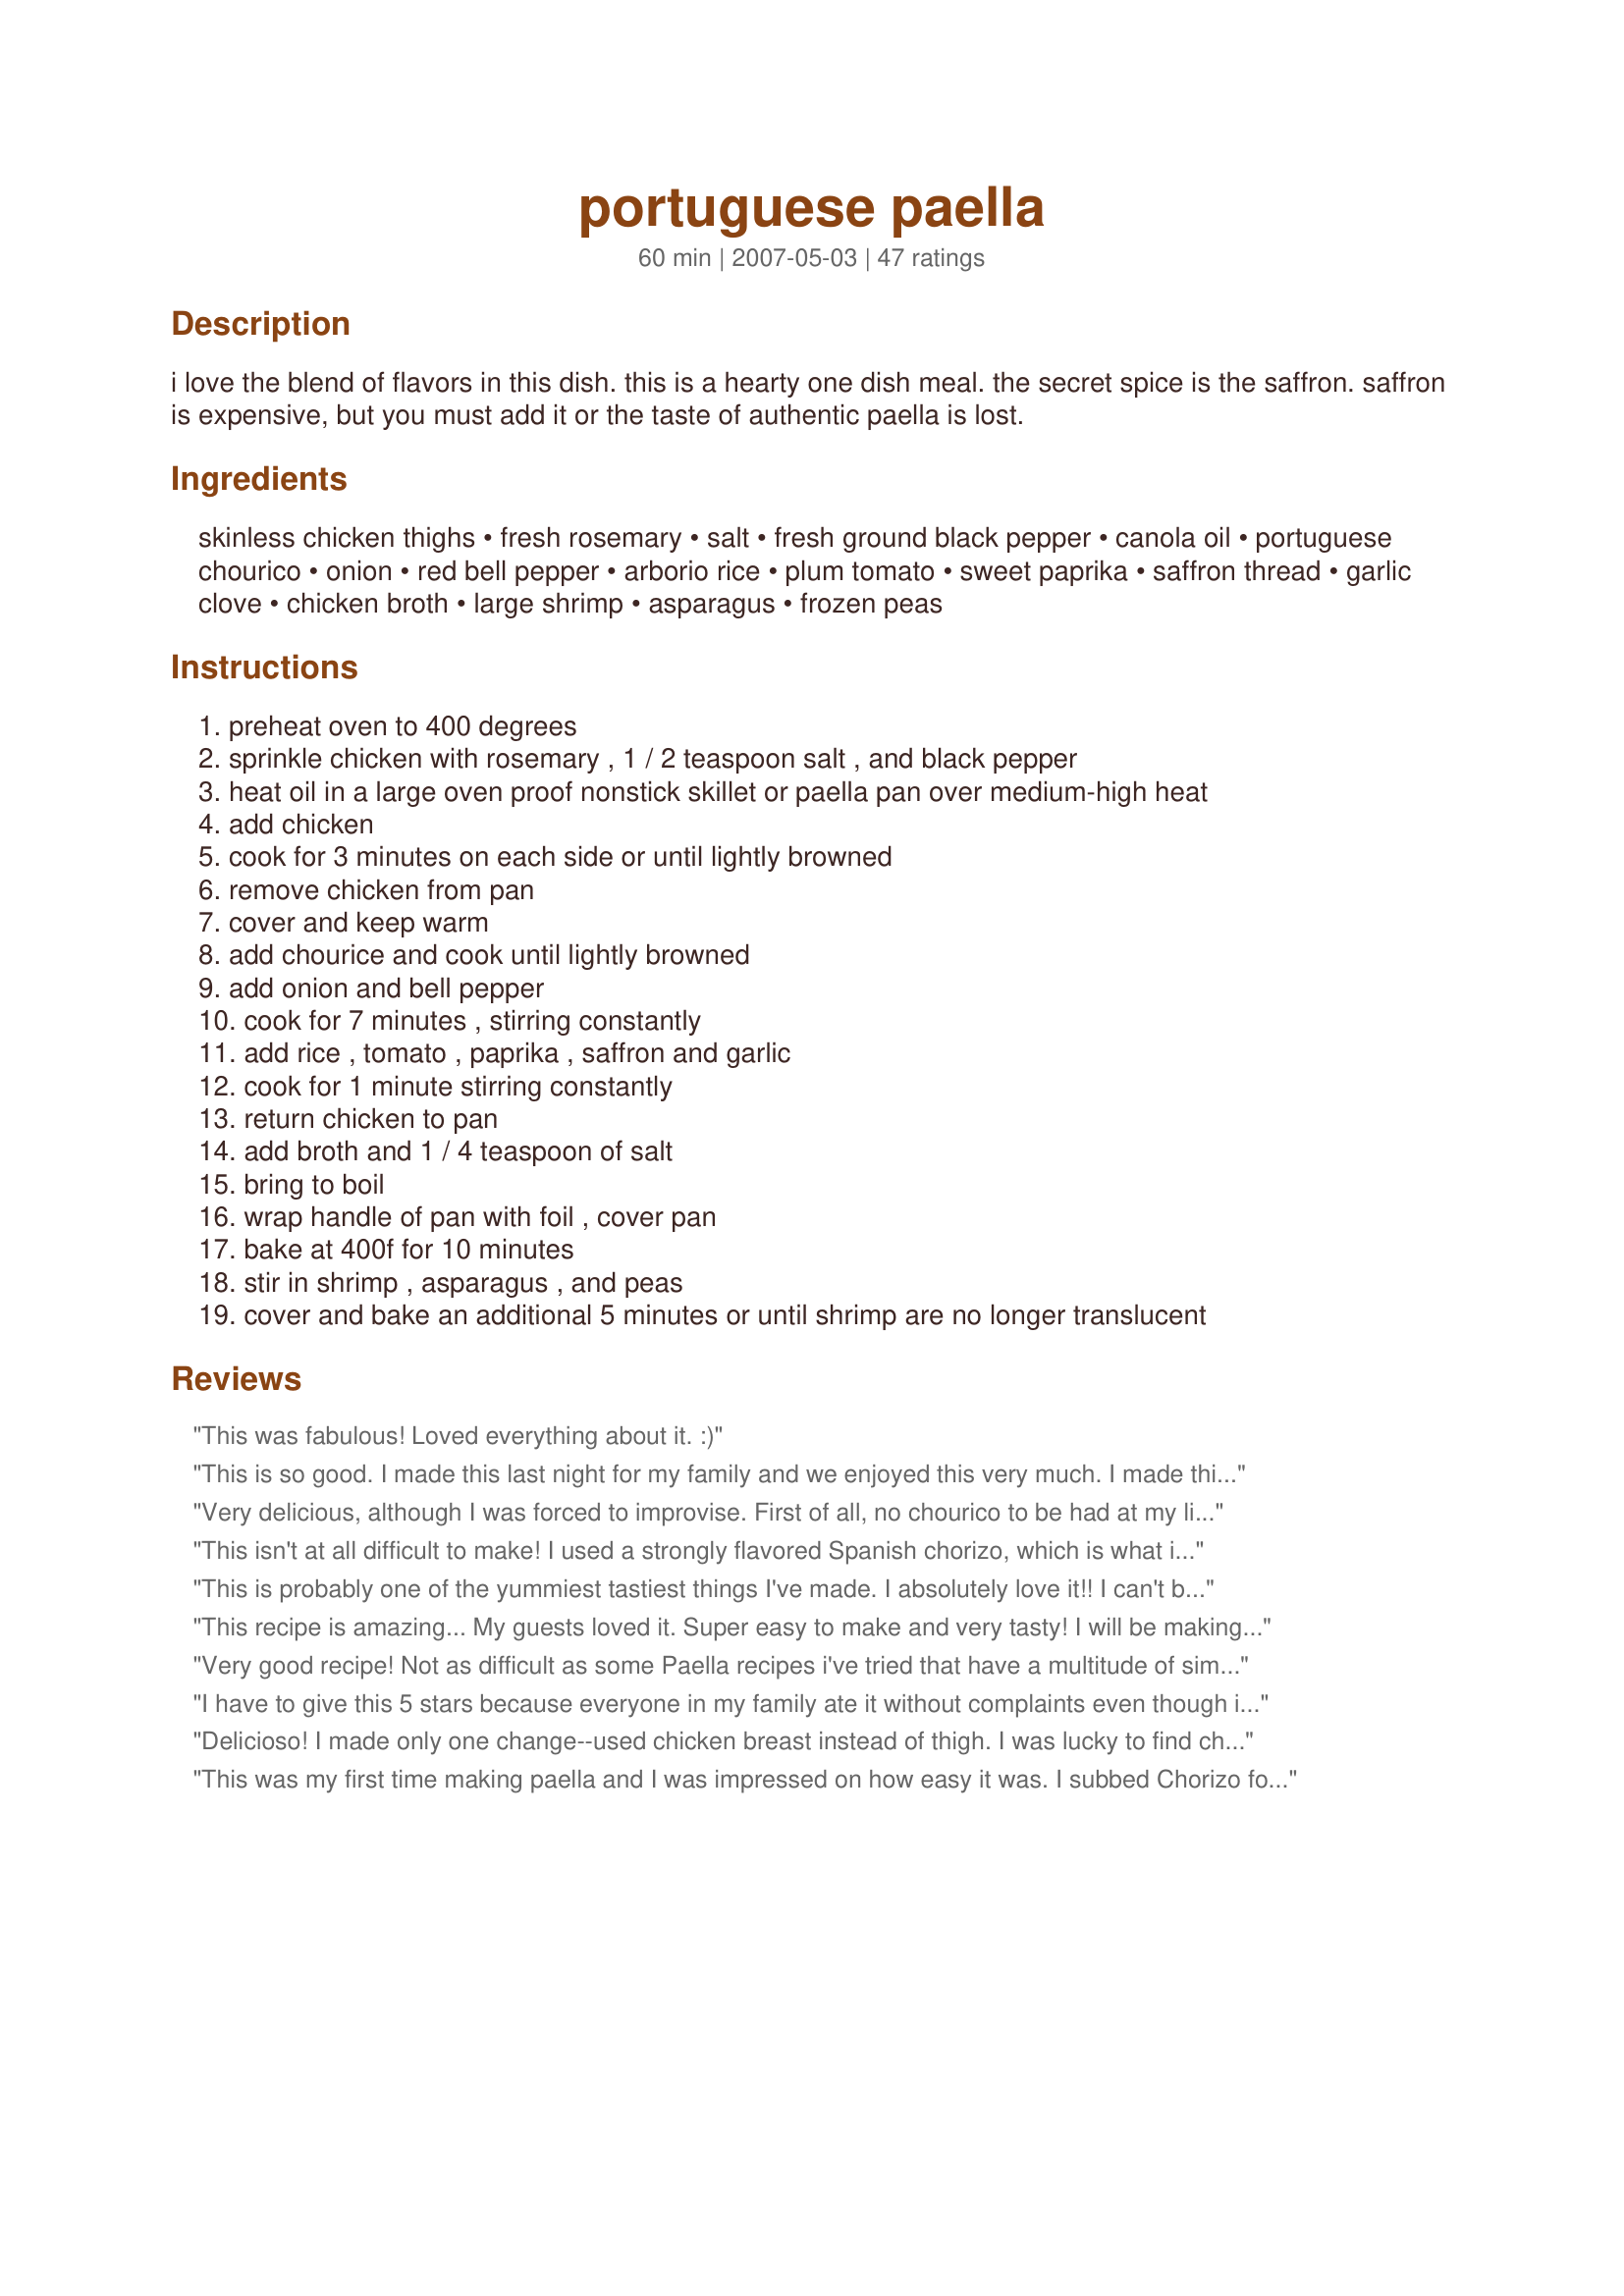
portuguese paella
Preparation time: 60 minutes

i love the blend of flavors in this dish. this is a hearty one dish meal. the secret spice is the saffron. saffron is expensive, but you must add it or the taste of authentic paella is lost.

Ingredients:
skinless chicken thighs, fresh rosemary, salt, fresh ground black pepper, canola oil, portuguese chourico, onion, red bell pepper, arborio rice, plum tomato, sweet paprika, saffron thread, garlic clove, chicken broth, large shrimp, asparagus, frozen peas

Steps:
preheat oven to 400 degrees
sprinkle chicken with rosemary , 1 / 2 teaspoon salt , and black pepper
heat oil in a large oven proof nonstick skillet or paella pan over medium-high heat
add chicken
cook for 3 minutes on each side or until lightly browned
remove chicken from pan
cover and keep warm
add chourice and cook until lightly browned
add onion and bell pepper
cook for 7 minutes , stirring constantly
add rice , tomato , paprika , saffron and garlic
cook for 1 minute stirring constantly
return chicken to pan
add broth and 1 / 4 teaspoon of salt
bring to boil
wrap handle of pan with foil , cover pan
bake at 400f for 10 minutes
stir in shrimp , asparagus , and peas
cover and bake an additional 5 minutes or until shrimp are no longer translucent

Reviews:
This was fabulous! Loved everything about it. :)
This is so good. I made this last night for my family and we enjoyed this very much. I made this in an extra large cast iron skillet. I didn't have the chicken thighs so I used breasts. I also couldn't find saffron :( , but I'm on the lookout for next time. (I'm thinking I will order online) We loved this. Even with the changes this was a great dish. Thank you so much for sharing this recipe with us.
Very delicious, although I was forced to improvise. First of all, no chourico to be had at my little, local Greek supermarket, I subbed a spicy Greek sausage. I also didn't have the fresh tomatoes called for, and used a tablespoon full of tomato paste, which was probably a bit too much, but still delicious. Most of the family really enjoyed this and I'm giving this 5 stars based on my own opinion. My kids are still at that 'iffy' stage where they want all (or most) of their food separate, and this was a little too mixed up for them to truly appreciate...maybe in a few years. DH and I loved it!
This isn't at all difficult to make! I used a strongly flavored Spanish chorizo, which is what is available for this recipe in my neck of the woods. The cooking times were perfect! I had some leftovers, and didn't like it as much as when I first made it, because the rice became softer with the leftovers. First time cooked, however, the rice was perfect, as was the chicken! I made this for ZWT 3. Photo is uploaded.
This is probably one of the yummiest tastiest things I've made. I absolutely love it!! I can't buy Portuguese chourico here, so I used andouille instead. I'm getting hungry just thinking about it. mmmmm
This recipe is amazing... My guests loved it. Super easy to make and very tasty! I will be making this again. Thank You!
Very good recipe! Not as difficult as some Paella recipes i've tried that have a multitude of simmer this and brown this steps.
I used Chicken breasts instead of thighs because it was what i had on hands. They didn't turn out dry as I was worried about. The flavors in this blend beautifully. Thanks for the recipe!
I have to give this 5 stars because everyone in my family ate it without complaints even though it contained elements that might cause each of them to reject it! When put all together, it made for a very nice, very colorful meal. I used brown rice, so I cooked it first, and used less stock. Thanks for sharing!
Delicioso! I made only one change--used chicken breast instead of thigh. I was lucky to find chourico (which is so good--I'm glad I got some extra for the freezer), and followed the instructions which are nice and clear. You made your way into my heart!
This was my first time making paella and I was impressed on how easy it was. I subbed Chorizo for the chourico as it isn't available here but otherwise made as directed. Unfortunately I skipped on the asparagus as it wasnt until I was to add it that I realised I had forgotton it at the market. I dont cook with seafood often at home so it went over extremly well with DH.
great Paella! I liked the rosemary on the chicken. The peas added a little sweetness. This is the first time I had cooked with chourico. Everyone thought it was pretty tasty. I will make this again!
Overall a good recipe, but clearly off in regards to cooking times and methods. I have made it twice, the second time with some substitutions and adjustments just based on my own experience, personal taste and what I had on hand. The changes are fairly lengthy, but if you're interested, you can find a list and pictures on my blog: http://soup2nutz.wordpress.com/2011/07/30/a-portuguese-adventure-paella-at-home/
Also my first time to make or eat a paella but glad I took the chance to try it out. I had to substitute chorizo, but will certainly keep an eye out for chourico for a future meal. Lots of great things go into this, so it's no suprise it's so tasty. And when you can do everything in one pan, it's that much better for me. = ) Skipped the bell peppers,even though they make it look prettier, I don't particularly care for them. Thanks for helping to make dinner unordinary.
My family really enjoyed this recipe. I did make some alterations based on the ingredients I had on hand. I did not have saffron and I used italian sausage and it still came out great. Also used smoked paprika instead of sweet. I will def make this again.
Hate it when people change recipes but I had to make due with what I had. Used chicken breast cut in about 1 inch chunks and slightly cooked (no pink outside) during the initial browning. Followed recipe exactly but substituted about 1/2 bag of fresh baby spinach, chopped, for the asparagus. Will make again for sure. Thank you for a good recipe that was relatively easy to make.
A really great Paella second to none I've had before! The saffron does add just that much more taste and everything came together beautifully. I used the very best local produce and herbs for everything and I'm glad I did, the only substitution I had to make was using Chorizo sausage for the Portuguese chourico because I don't think that is available locally.
I have always wanted to make a Paella, and joining the ZWT 3 gave me the chance to finally give it a try. We loved this dish. Once the prep work was done, it went together quickly. I had to substitute ground chorizo for the Porguese chourico, but the combination of flavors was great as was the wonderful aroma. Thanks for a great new dish.
This recipe was wonderful & quite easy to make. I took Wonderful BC's suggestion of adding sambal oelek, which was fabulous. I used a 400g tin of tomatoes, used beans instead of asparagus & left out the peas. Definitely a keeper. Thanks for sharing this great dish.
Very very good! I used 2 links chorizo in place of the 1 portuguese sausage, a whole red pepper that gave it a wonderful sweetness, 1 cup white rice to 2 cups of chicken stock plenty of liquid, But did have to cook for 20 minutes in the oven. Because the rice was not done and the tighs needed more time. I also used 3 cloves of yummy garlic. Thanks for all the goodness! I almost gave this 4 stars because of cooking time is off but the flavor, little fat, and ease of the recipe brings this to 5 stars easily.
YUM!! Thank you very much for this delicious recipe. I was looking for a paella recipe to honour the memory of a great friend who cooked this for us, adding tonnes of love. I can't tell you how much it means that 'I got it right' first go, and on her birthday too...
I made the recipe exactly as described and it was perfect - we had nine people for dinner and all raved about it. Thank You!
Thanks for sharing this wonderful recipe! I added two packets of Sazon for coloring and taste, as well as a little red crushed pepper to the onions when sauteeing. It turned out great!
Thanks for this recipe. It was very simple and very delicious.
I made a few changes, for example used andouille sausage, deglazed the pot after frying the onions with dry white wine, and used red pepper flakes.
Do not omit the saffron, it is the secret ingredient. You can get it a decent price at Indian grocery stores or Trader Joes.
Above and beyond excellent. So easy to throw whatever you want in there, and it turns out great!
This was very nice. I'd never made paella before (or tasted it, to be truthful) and I'd never cooked with saffron but I splurged on some and this looked like a good recipe to try out. My husband wasn't sold on the saffron taste -- said it was a bit bitter for him -- but that it mellowed down in the leftovers the next day. Personally I loved the saffron taste.

I did make a couple changes. Since we don't eat pork, I used some turkey hot italian sausage links and I cooked the paella completely on the stove top because I had bread baking in the oven.

I don't like bell peppers but since the red would look nice and I know my husband likes them, I put them in. They really added a nice taste and I'm glad I used them (but if you tell anyone I said that about bell peppers, I'll deny it.)

This is definitely a keeper.
As eveyone has mentioned, this is much easier to do than I thought. First time I've tried chourico and really liked the flavor that it added. Directions were easy to follow. I don't have a oven-proof pan large enough for this recipe, so I had to move it from a pan to a casserole dish for the oven baking portion. I don't know if that effects anything. I would like to try this again with the proper pan. Thanks!!
Hello from Portugal! Well you 
definitely deserve 5 stars, I'd give
you more but I cant. I maked this
quite often in my home. I some-
times add in fresh clams it gives 
it a very good flavoor. thanks for
posting,
This is very good paella. I was lucky enough to be able to find the portuguese chourico at my local grocery store. This is the first time I have used this but it is much leaner than the chorizo, a little bit spicier and smokier. I think I'll use this instead of the chorizo from now on. Great flavor blend. It was really enjoyed. Thank you.
I love this recipe but the cooking times seem a little off. I usually add some crab to my paella too. &lt;br/&gt;www.paellapansuk.co.uk
Very good. Next time I will add 1/8 - 1/4 tsp crushed peppers while sauteing the tomatoes, paprika and saffron; to bring some kick to the taste. Or perhaps a mildly hot sausage, to counter the mild flavors of the chicken and shrimp. I skipped the baking part. Once it starts boiling, reduce the heat to simmer and cook for 25 minutes. Stir in the shrimp and peas (I omitted the asparagus) and cook for an additional 10 minutes. Thanks for posting!
I've made this delicious and very easy dish 3 times. It's so pretty, it makes a perfect entree for company. The taste is better than what I've had in restaurants. The first 2 times I used bulk chorizo sausage, rolling it into smallish balls and browning them in olive oil (my store didn't have links). That worked well and tasted good the first time but the second time they wouldn't hold their shape. For the 3rd time making this dish, I ordered Portuguese chourico on-line. It came in links and was already cooked, so I added it in with the browned chicken thighs (which I cut into pieces). The flavor of the chourico blended wonderfully with the other ingredients. This recipe makes a fairly hearty amount for 6 people, but there won't be enough for seconds or leftovers. Thank you for posting my new favorite recipe!
This is the easiest and best paella recipe I've found. I use Mahatma Saffron Yellow Seasonings Long grain Rice packet plus some regular white long grain rice to equal 1 1/2 cups. This way I can omit the expensive saffron threads. I then omit the salt, because Mahatma puts plenty of salt in their packets. I use low sodium chicken broth and a shredded rotisserie chicken. I omit the sausage (just personal preference). Thank you for posting this recipe!!
WOW - this was simply fantastic. After toting my large paella pan back from Spain (5 years ago!), I never used it :(. I was extremely excited to make an authentic paella in it. With my only sub being chicken breast and no aparagus, I did everything else. It was really easy to prepare and cook. I did have to bake it a bit longer than 10 min - more like 20-30min. My husband and I devoured this through the whole week. I'm making it again today and will definitely have to freeze some for a FFY night. Thanks!
Yummy Yummy Yummy! This is my first time cooking paella and it was a total success. I used 2 spicy chorizo links instead of the 1 link suggested. I also used Vigo yellow rice with saffron so I didn't need to buy the threads. The rice took a little longer to cook, but just stay patient! My husband took the leftovers to work the next day and all of his colleagues wanted the recipe! Thanks for posting.
this was freakin awsome. this was the first time i ever made paella and my family loved it.
Delicious! A whole meal on a plate. There is something for everyone in this dish. Nice balance of textures and flavors. This is truly the way to anyones heart!
This turned out so pretty and colorful, and tasted just perfect. It has a great balance of flavors. And it's a really impressive dish for being so easy to make. I'll be making this again!
Loved this recipe! I only tweaked the ingredients -- doubled the chourico for a bit more spice and used chicken drummettes instead of thighs. I also cooked it on stove top. Flavors blend well and was even better the day after!!
Awesome meal! I did have to add about 5 minutes to the oven time to get the rice done (I used a medium-grain Calrose rise), but other than that the only change we made was to omit the asparagus. We will definitely be making this again.
An excellent recipe. It has it all in one pan. Easy to make and full of taste and colours. I used a greek sausage that is very similar to chourizo but I didn't change anything else. My family, all of them, gave a 5 star review. Its a keeper. Thanks for sharing!
This was exceptionally good. We like things a bit spicier so added 1 tsp Sambal Oelek (hot chili paste). An excellent meal for special company.
**Edit - I've been reading through the other comments about how Paella is supposed to hard to make. I was totally unaware of this when I made it. It wasn't hard to do at all and totally worth doing again (in effort and cost even when you live in Northern Canada)
This was my first time to ever try paella, and I loved it! I always thought paella was difficult to prepare, but this wasn't. It was super easy and had a wonderful flavor. Portuguese chourico is not available here, so I use chorizo. This was also the first time I've ever eaten chorizo sausage and I liked the flavor it imparted to the dish. I served the paella with Chiles Rellenos Puffs #221368 and to top off a fantastic meal, for dessert Crema Catalana #229274. Thank you for sharing this delicious recipe!
Don't make this without a trial run. Cooked this in the oven an extra 5 min. since the shrimp weren't done. Some of the arborio rice came out overcooked and mushy, while some was undercooked and chalky. Next time I'll make it entirely on the stove so it can be stirred frequently and tested.
YUM!! I replaced the sausage with keilbasa and omitted the asparagus bc I didn't have any and the peas bc I dislike them. So I bumped up the other veggies (the peppers, onions, and tomatoes) and it came out great. Instead of putting the pan in the oven I switched the food to a oven safe dish and threw in the shrimp in the middle. It needed a little longer than the directed time for all the broth to cook through but when it was done, it was the prettiest and most colorful dish. The shrimp didn't even overcook. I also replaced the saffron (which I cannot find anywhere) with tumeric and it was still awesome. This will definitely be a repeat offender in my house!
saffron is up to about $19 for 1/4 oz. You can use yellow saffron rice if you can find. it anymore - not as good but better than none because without it is not paella.
This is wonderful. This is the first I every had paella. I don't eat shrimp so I left it out. I also used turkey sausage instead of portuguese chourico. Thanking you so much for sharing!
This is an excellent dish. I've made it three times now; once as the serving for six and twice for larger parties where I had to transfer to large casserole pan because of tripling the recipe. Here is something I don't understand but noticed the first time I made this and corrected the cooking time: the uncooked arborio rice requires far more cooking time than 16 minutes (10 minutes plus the 5 after adding shrimp). No one else seemed to have this noticed so what have I missed? After adding the rice, I cooked for 3-4 minutes (vs 1 minute), then added 1 cup of chicken stock and cooked until it was absorbed before adding last 2 cups, combining with meat and transferring to the oven. I then found I had to cook for 20 minutes vs 10 for the rest of stock to be absorbed and the rice softened. I would also use 1/2 teaspoon of saffron for 6 serving size.
I had to make paella for 70 people, and this was the recipe I used. What an amazing recipe! I had to print it out for at least 20 people since the wedding I cooked it for. The only changes I made were to add 1 tsp. fresh thyme to the chicken/rosemary mixture, double up on the onions,
and substitute smoked paprika for sweet paprika. I also omitted the baking part, and just finished it on the stove on low heat to cook the shrimp. Thanks for posting this fantastic dish!
